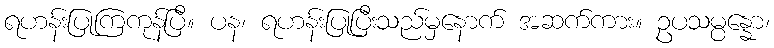
ရဟန်းပြုကြကုန်ပြီ။ ပန၊ ရဟန်းပြုပြီးသည်မှနောက် အဆက်ကား။ ဥပသမ္ပန္နော၊